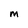
Character: M